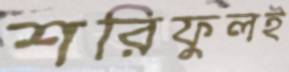
শরিফুলই